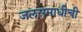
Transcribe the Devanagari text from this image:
जलसमाधीची